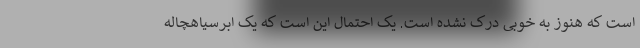
است که هنوز به خوبی درک نشده است. یک احتمال این است که یک ابرسیاهچاله